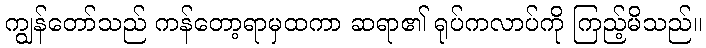
ကျွန်တော်သည် ကန်တော့ရာမှထကာ ဆရာ၏ ရုပ်ကလာပ်ကို ကြည့်မိသည်။